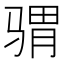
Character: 𩨅